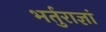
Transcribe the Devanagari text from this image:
भर्तुराज्ञां